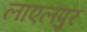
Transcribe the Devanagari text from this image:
लाएलपुर